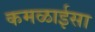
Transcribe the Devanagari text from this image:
कमळाईसा